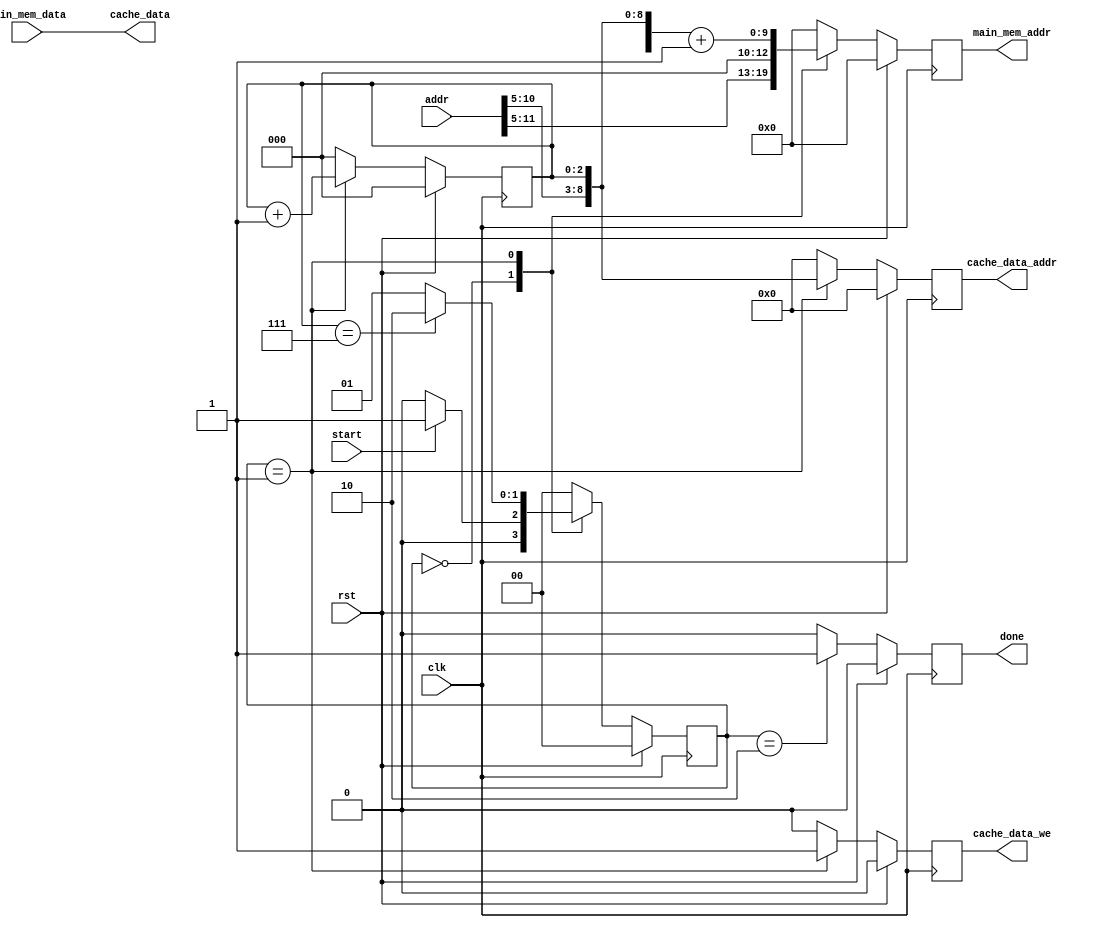
/**
 * Fetch Unit
 * fetch data from main memory to cache
 * @author Zengkai Jiang
 * @date 2018.10.05
 */


module Fetch(
    // clock and reset
    input clk, input rst,
    // main memory
    input [31:0] addr, input [31:0] main_mem_data, output reg [9:0] main_mem_addr,
    // cache
    output reg [8:0] cache_data_addr, output [31:0] cache_data, output reg cache_data_we,
    // control
    input start, output reg done
    );


    reg [1:0] state;
    reg [1:0] state_next;
    reg [2:0] counter;
    localparam IDLE = 2'b00;
    localparam FETCH = 2'b01;
    localparam DONE = 2'b10;
    wire [5:0] addr_index = addr[10:5];
    assign cache_data = main_mem_data;


    // state machine
    always @ (posedge clk) begin
        if (rst)
            state <= IDLE;
        else
            state <= state_next;
    end


    // next state
    always @ * begin
        case (state)
        IDLE:   if (start)
                    state_next <= FETCH;
                else
                    state_next <= IDLE;
        FETCH:  if (counter == 3'd7)
                    state_next <= DONE;
                else
                    state_next <= FETCH;
        DONE:   state_next <= IDLE;
        default: state_next <= IDLE;
        endcase
    end


    // control signals
    always @ (posedge clk) begin
        if (rst) begin
            counter <= 0;
            done <= 0;
            cache_data_addr <= 0;
            cache_data_we <= 0;
            main_mem_addr <= 0;
        end
        else begin
            case (state)
            IDLE:       begin
                            counter <= 0;
                            done <= 0;
                            cache_data_addr <= 0;
                            cache_data_we <= 0;
                            main_mem_addr <= {addr[31:5], 3'b0};
                        end
            FETCH:      begin
                            counter <= counter + 3'b1;
                            done <= 0;
                            cache_data_addr <= {addr_index, counter};
                            cache_data_we <= 1;
                            main_mem_addr <= {addr[31:5], counter} + 1;
                        end
            DONE:       begin
                            counter <= 0;
                            done <= 1;
                            cache_data_addr <= 0;
                            cache_data_we <= 0;
                            main_mem_addr <= 0;
                        end
            default:    begin
                            counter <= 0;
                            done <= 0;
                            cache_data_addr <= 0;
                            cache_data_we <= 0;
                            main_mem_addr <= 0;
                        end
            endcase
        end
    end


endmodule